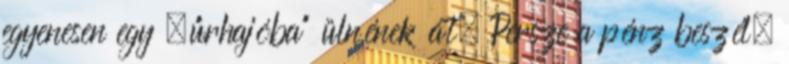
egyenesen egy „űrhajóba” ülnének át. Persze a pénz beszél,